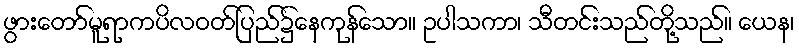
ဖွားတော်မူရာကပိလဝတ်ပြည်၌နေကုန်သော။ ဥပါသကာ၊ သီတင်းသည်တို့သည်။ ယေန၊